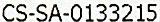
CS-SA-0133215